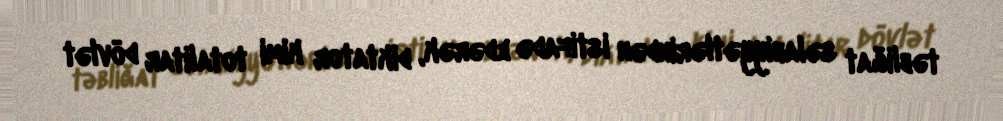
təbliğat səlahiyyətlərindən istifadə edərək, diktator kimi totalitar dövlət